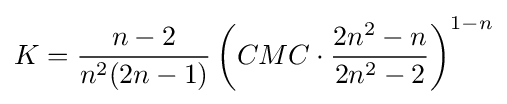
K={\frac {n-2}{n^{2}(2n-1)}}\left(CMC\cdot {\frac {2n^{2}-n}{2n^{2}-2}}\right)^{1-n}